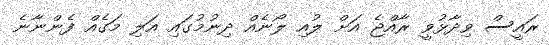
ރައީސް ވިދާޅުވީ ރާއްޖެ އަށް ލުއި ލޯނެއް ދިނުމުގައި އަލި މަގެއް ފެންނާނެ